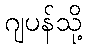
ဂျပန်သို့